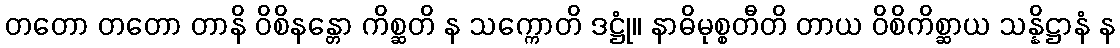
တတော တတော တာနိ ဝိစိနန္တော ကိစ္ဆတိ န သက္ကောတိ ဒဋ္ဌုံ။ နာဓိမုစ္စတီတိ တာယ ဝိစိကိစ္ဆာယ သန္နိဋ္ဌာနံ န